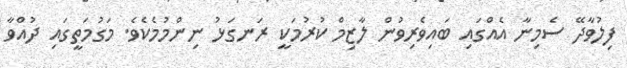
ފިލުވާދޭ ސެމިނާ އެއްގައި ބައިވެރިވުން ލާޒިމް ކުރުމަކީ ރަނގަޅު ނިންމުމެކެވެ. މަގުމަތީގައި ދުއްވާ